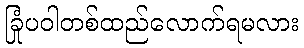
ခြုံပဝါတစ်ထည်လောက်ရမလား